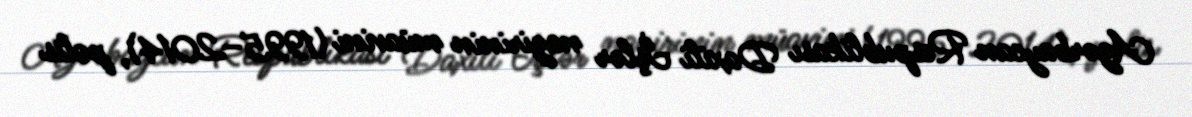
Azərbaycan Respublikası Daxili İşlər nazirinin müavini (1995–2014), polis